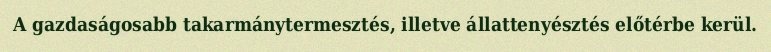
A gazdaságosabb takarmánytermesztés, illetve állattenyésztés előtérbe kerül.